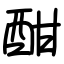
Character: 酣